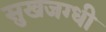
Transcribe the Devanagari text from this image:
सुखजग्धी